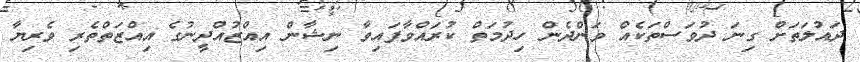
ދައުލަތަށް ގިނަ ދުވަސްތަކެއް ވަންދެން ހިދުމަތް ކުރައްވާފައިވާ ނިޝާން އިއްޒުއްދީނުގެ އިއްޒަތްތެރި ވެރިޔާ